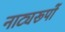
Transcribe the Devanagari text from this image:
नाट्यरूपों